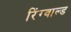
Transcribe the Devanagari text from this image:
रिंग्वाल्ड